Subject: cs
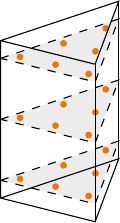
LaTeX code:
\begin{tikzpicture}[x = {(0.75cm,0.25cm)}, y={(0.6cm,-0.15cm)}, z={(0cm,1cm)},]
\draw [color=orange, mark=*, mark size=1] plot coordinates{(-0.81684757298044, 0.63369514596088, -0.7745966692414834)};
\draw [color=orange, mark=*, mark size=1] plot coordinates{(0.63369514596088, -0.81684757298044, -0.7745966692414834)};
\draw [color=orange, mark=*, mark size=1] plot coordinates{(-0.81684757298044, -0.81684757298044, -0.7745966692414834)};
\draw [color=orange, mark=*, mark size=1] plot  coordinates{(-0.108103018168072, -0.783793963663856, -0.7745966692414834)};
\draw [color=orange, mark=*, mark size=1] plot coordinates{(-0.783793963663856, -0.108103018168072, -0.7745966692414834)};
\draw [color=orange, mark=*, mark size=1] plot coordinates{(-0.108103018168072, -0.108103018168072, -0.7745966692414834)};
\draw [color=orange, mark=*, mark size=1] plot coordinates{(-0.81684757298044, 0.63369514596088, 0.0)};
\draw [color=orange, mark=*, mark size=1] plot coordinates{(0.63369514596088, -0.81684757298044, 0.0)};
\draw [color=orange, mark=*, mark size=1] plot coordinates{(-0.81684757298044, -0.81684757298044, 0.0)};
\draw [color=orange, mark=*, mark size=1] plot coordinates{(-0.108103018168072, -0.783793963663856, 0.0)};
\draw [color=orange, mark=*, mark size=1] plot coordinates{(-0.783793963663856, -0.108103018168072, 0.0)};
\draw [color=orange, mark=*, mark size=1] plot coordinates{(-0.108103018168072, -0.108103018168072, 0.0)};
\draw [color=orange, mark=*, mark size=1] plot coordinates{(-0.81684757298044, 0.63369514596088, 0.7745966692414834)};
\draw [color=orange, mark=*, mark size=1] plot coordinates{(0.63369514596088, -0.81684757298044, 0.7745966692414834)};
\draw [color=orange, mark=*, mark size=1] plot coordinates{(-0.81684757298044, -0.81684757298044, 0.7745966692414834)};
\draw [color=orange, mark=*, mark size=1] plot coordinates{(-0.108103018168072, -0.783793963663856, 0.7745966692414834)};
\draw [color=orange, mark=*, mark size=1] plot coordinates{(-0.783793963663856, -0.108103018168072, 0.7745966692414834)};
\draw [color=orange, mark=*, mark size=1] plot coordinates{(-0.108103018168072, -0.108103018168072, 0.7745966692414834)};
\path (-1,-1,-1) coordinate (A) (1,-1,-1) coordinate (B) (-1,1,-1) coordinate (C); % (0,0,0) coordinate (D) (0,\z,\y) coordinate (E) (\x,\z,\y) coordinate (F) (\x,\z,0) coordinate (G) (0,\z,0) coordinate (H);
\path (-1,-1,1) coordinate (D) (1,-1,1) coordinate (E) (-1,1,1) coordinate (F);
\draw (A)--(B)--(C)--(A)--(D)--(E)--(F)--(D);
\draw (B)--(E);
\draw (C)--(F);
\foreach \z in {-0.7745966692414834,0,0.7745966692414834}{
\draw [dashed, black, fill=black, fill opacity=0.075] (-1,-1,\z)--(1,-1,\z)--(-1,1,\z)--(-1,-1,\z);
}
\end{tikzpicture}